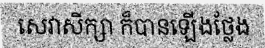
សេវាសិក្សា ក៏បានឡើងថ្លែង